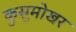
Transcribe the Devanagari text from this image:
कुसुमोखर